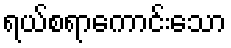
ရယ်စရာကောင်းသော